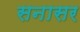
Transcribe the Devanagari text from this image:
सनासर